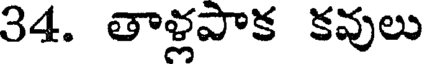
34. తాళ్లపాక కవులు